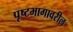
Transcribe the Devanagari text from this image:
पृष्टभागावरील